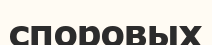
споровых